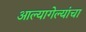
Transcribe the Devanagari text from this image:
आल्यागेल्यांचा